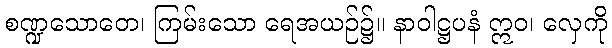
စဏ္ဍသောတေ၊ ကြမ်းသော ရေအယဉ်၌။ နာဝါဋ္ဌပနံ ဣဝ၊ လှေကို